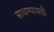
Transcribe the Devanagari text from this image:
साधण्यासही